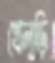
খেলুড়ি